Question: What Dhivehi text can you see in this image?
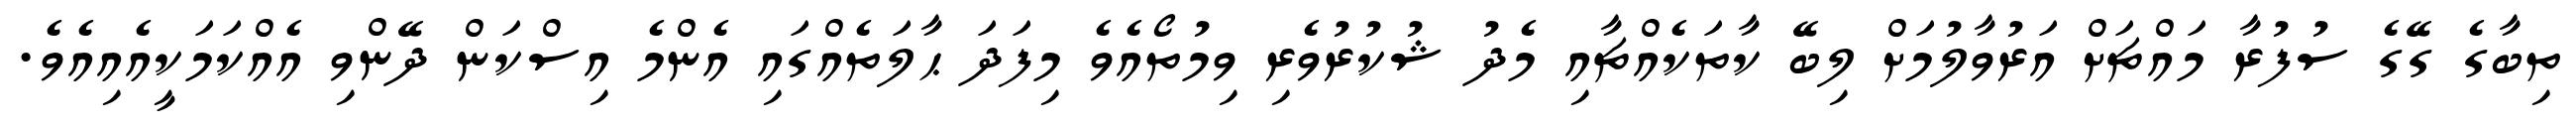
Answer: ތިބާގެ ގޭގެ ސުފުރާ މައްޗަށް އަރުވާލުމަށް ލިބޭ ކާތަކެއްޗާއި މެދު ޝުކުރުވެރި ވިމުތޯއެވެ މިފަދަ ޙާލަތެއްގައި އެންމެ އިސްކަން ދޭންވި އެއްކަމަކީއެއިއެވެ.